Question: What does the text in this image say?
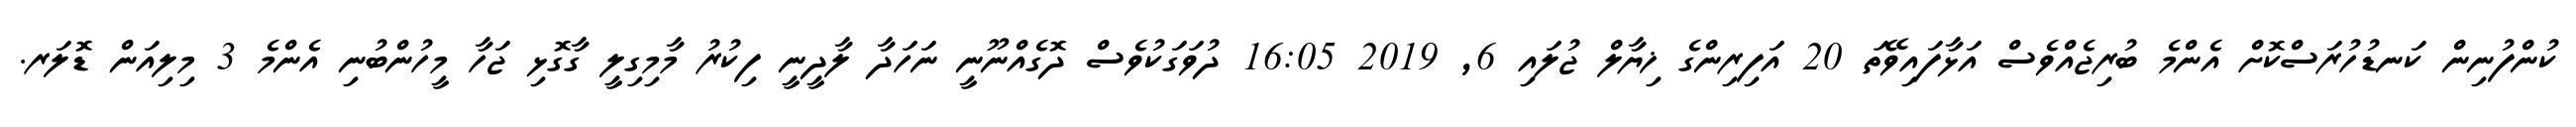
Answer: ކުންފުނިން ކަނޑުހުރަސްކޮށް އެންމެ ބުރިޖެއްވެސް އަޅާފައިވޭތަ 20 އަފިރިންގެ ޚިޔާލް ޖުލައި 6, 2019 16:05 ދުވަގަކުވެސް ދޮގެއްނޫނީ ނަހަދާ ލާދީނީ ފިކުރު މާމިގިލީ ގާގޮޅި ޖަހާ މީހުންބުނި އެންމެ 3 މިލިއަން ޑޮލަރ.